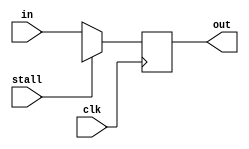
// 
module delay_reg #(parameter SIZE = 32)
                  (clk, stall, in, out);

    input  clk, stall;     // stall1'b0
    input  [SIZE-1:0] in;
    output [SIZE-1:0] out;

    reg [SIZE-1:0] saved;
    assign out = saved;
    integer i;

    initial begin
        saved <= 'bx;
    end

    always @(posedge clk) begin
        if (stall) saved <= 'bx;
        else       saved <= in;
    end

endmodule

// deprecated
module multicycle_delay_reg #(parameter SIZE = 32, parameter DELAY = 1)
                             (clk, in, out);
    input  clk;
    input  [SIZE-1:0] in;
    output [SIZE-1:0] out;

    parameter NUM = DELAY + 1;
    // NUM2DELAY1NUM = DELAY + 1
    // item0
    reg [SIZE-1:0] queue[NUM-1:0];
    assign out = queue[NUM-1];       // 
    integer i;

    initial begin
        for (i = 0; i < NUM; i = i + 1) begin
            queue[i] <= 'b0;
        end
    end

    always @(posedge clk) begin
        queue[1] <= in;              // 0
        // 10
        for (i = 2; i < NUM; i = i + 1) begin
            queue[i] <= queue[i-1];
        end
    end
endmodule